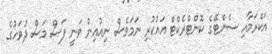
އަކްރަމާއި ސެންޓޭގެ ކޮންޓްރެކްޓް އައުކުރި ނަމަވެސް ނިއުއިން ވަނީ ފަސް މަސް ދުވަހުގެ